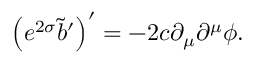
\left( e ^ { 2 \sigma } \tilde { b } ^ { \prime } \right) ^ { \prime } = - 2 c \partial _ { \mu } \partial ^ { \mu } \phi .